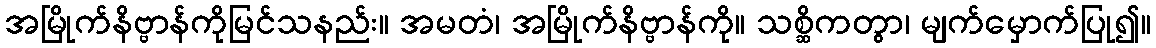
အမြိုက်နိဗ္ဗာန်ကိုမြင်သနည်း။ အမတံ၊ အမြိုက်နိဗ္ဗာန်ကို။ သစ္ဆိကတွာ၊ မျက်မှောက်ပြု၍။